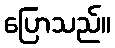
ပြောသည်။